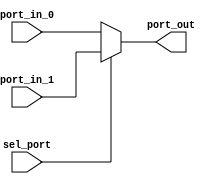
module Mux2 (
    input   sel_port,
    input   [31:0] port_in_0,
    input   [31:0] port_in_1,
    output reg [31:0] port_out
    );
    always @(*) begin
        if (sel_port == 1) begin
            port_out <= port_in_1;
        end
        else begin
            port_out <= port_in_0;
        end
    end
endmodule